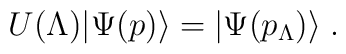
U(\Lambda) |\Psi(p)\rangle = |\Psi(p_\Lambda) \rangle \; .